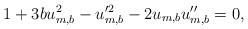
LaTeX: \begin{align*}1+3bu_{m,b}^2 - u_{m,b}'^2 - 2 u_{m,b} u_{m,b}''=0,\end{align*}